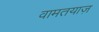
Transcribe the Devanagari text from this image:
वामतयाज़